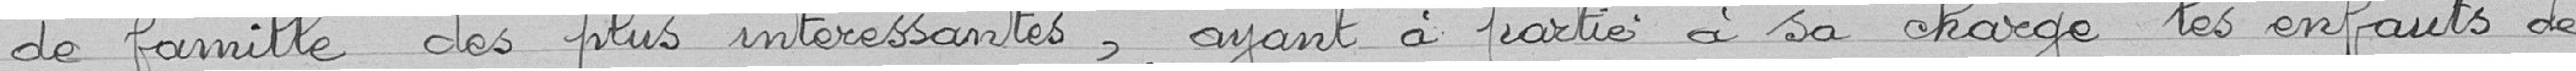
de famille des plus intéressantes, ayant à partie à sa charge les enfants de